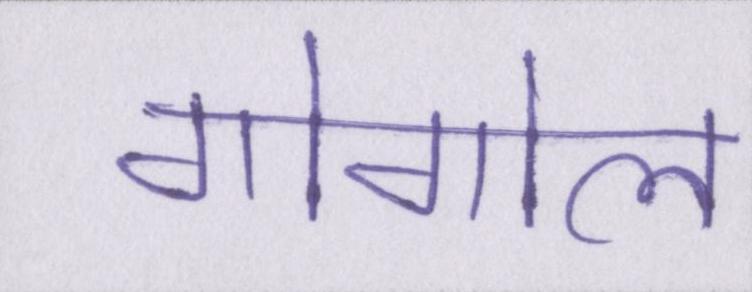
गोगोल